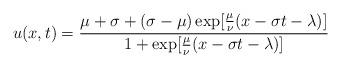
LaTeX: \begin{align*} u(x,t)=\frac{\mu+\sigma+(\sigma-\mu)\exp[\frac{\mu}{\nu}(x-\sigma t-\lambda)]}{1+\exp[\frac{\mu}{\nu}(x-\sigma t-\lambda)]}\end{align*}